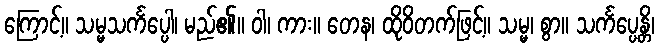
ကြောင့်။ သမ္မသင်္ကပ္ပေါ၊ မည်၏။ ဝါ၊ ကား။ တေန၊ ထိုဝိတက်ဖြင့်။ သမ္မ၊ စွာ။ သင်္ကပ္ပေန္တိ၊